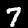
Label: 7